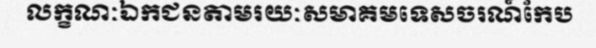
លក្ខណៈឯកជនតាមរយៈសមាគមទេសចរណ៍កែប